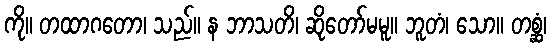
ကို။ တထာဂတော၊ သည်။ န ဘာသတိ၊ ဆိုတော်မမူ။ ဘူတံ၊ သော။ တစ္ဆံ၊